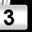
Digit: 3